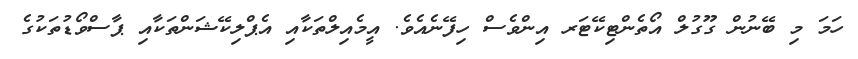
ހަމަ މި ބޭނުން ގޫގުލް އޯތެންޓިކޭޓަރ އިންވެސް ހިފޭނެއެވެ. އީމެއިލްތަކާއި އެޕްލިކޭޝަންތަކާއި ޕާސްވޯޑުތަކުގެ